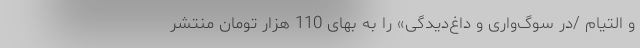
و التیام /در سوگ‌واری و داغ‌دیدگی» را به بهای 110 هزار تومان منتشر